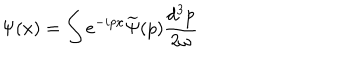
\Psi ( x ) = \int e ^ { - i p x } \widetilde { \Psi } ( p ) \frac { d ^ { 3 } p } { 2 \omega }